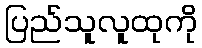
ပြည်သူလူထုကို